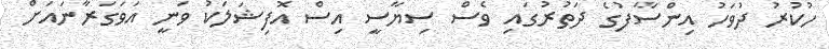
ހުކުރު ދުވަހު އިންސާފުގެ ދަތުރުގައި ވެސް ސިޔާސީ އިސް އޮފިޝަލަކު ވަނީ އަވަގަރާނައަށް